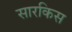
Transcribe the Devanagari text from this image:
सारकिस